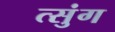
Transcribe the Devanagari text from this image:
त्सुंग